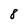
Character: 8